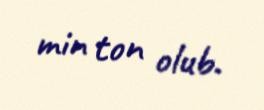
min ton olub.